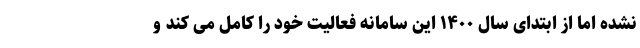
نشده اما از ابتدای سال ۱۴۰۰ این سامانه فعالیت خود را کامل می کند و